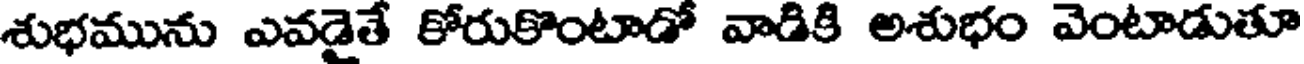
శుభమును ఎవడైతే కోరుకొంటాడో వాడికి అశుభం వెంటాడుతూ